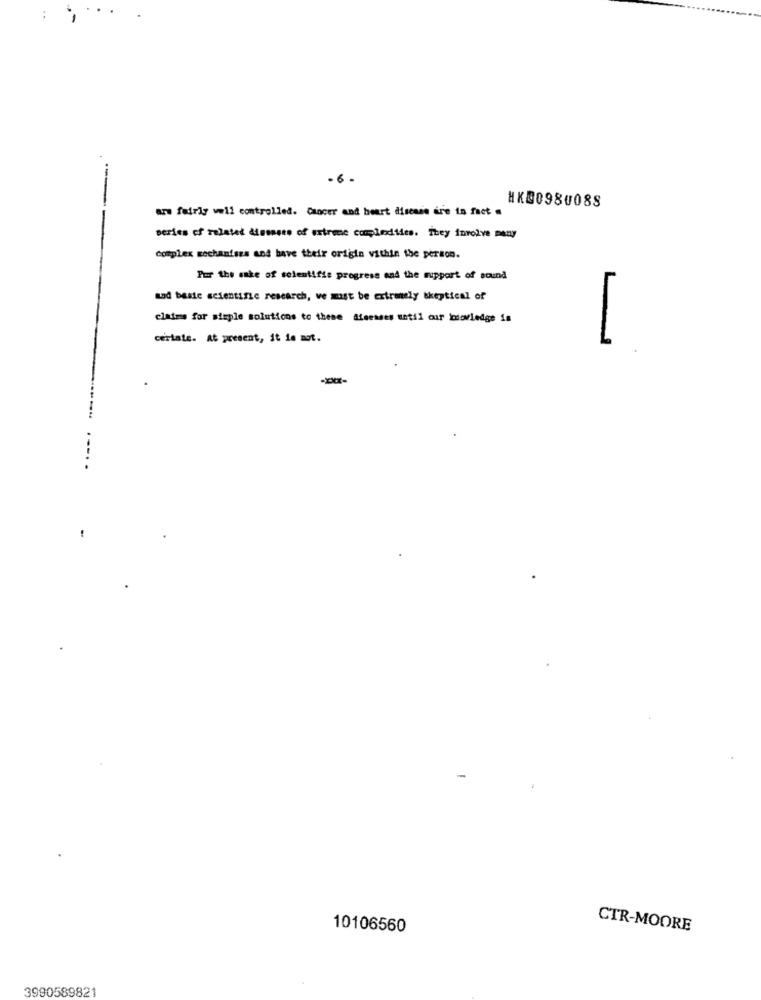
.6 .
are fairly well controlled. Cancer and heart disease dr'e in fact .
HK00980088
series of related dismoes of extreme compliedties. They involve many
complex sochaniszs and have their origin vithin the person.
Pur the sake of solentifie progress and the mupport of sound
and basic scientific research, ve must be extremely skeptical of
claims for simple solutions to these afeesses uetil cur inowledge is
certate. At present, it ie mot.
L
------
10106560
CTR-MOORE
3990589821